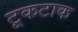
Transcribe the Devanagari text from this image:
टूकटाक